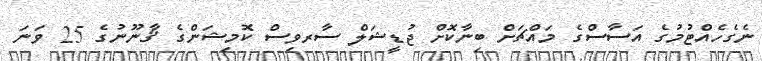
ނެގެހެއްޓުމުގެ އަސާސްގެ މައްޗަށް ބިނާކޮށް ޖުޑީޝަލް ސާރވިސް ކޮމިޝަންގެ ޤާނޫނުގެ 25 ވަނަ